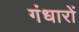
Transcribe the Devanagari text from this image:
गंधारों